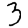
Digit: 3